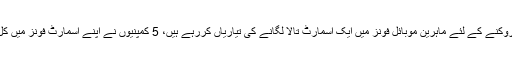
18اپریل 2014ء) ڈیٹا کی چوری روکنے کے لئے ماہرین موبائل فونز میں ایک اسمارٹ تالا لگانے کی تیاریاں کررہے ہیں، 5 کمپنیوں نے اپنے اسمارٹ فونز میں کل سوئچ نصب کرنے کا فیصلہ کرلیا۔